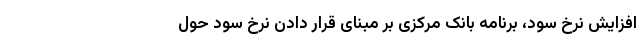
افزایش نرخ سود، برنامه بانک مرکزی بر مبنای قرار دادن نرخ سود حول